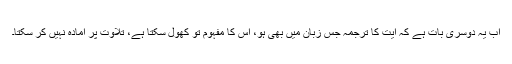
اب یہ دوسری بات ہے کہ آیت کا ترجمہ جس زبان میں بھی ہو، اس کا مفہوم تو کھول سکتا ہے، تلاوت پر آمادہ نہیں کر سکتا۔